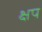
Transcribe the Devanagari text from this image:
क्षप